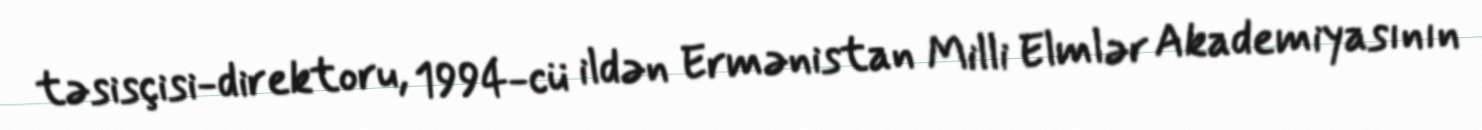
təsisçisi-direktoru, 1994-cü ildən Ermənistan Milli Elmlər Akademiyasının